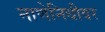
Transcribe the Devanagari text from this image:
नाणेनिधीवर